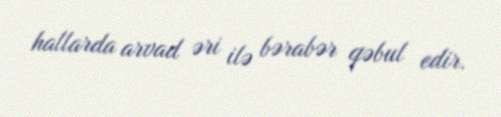
hallarda arvad əri ilə bərabər qəbul edir.